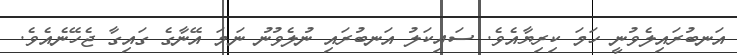
އަނބުރައިލެވުނީ ހަމަ ކިރިޔާއެވެ. ސައިކަލު އަނބުރައި ނުލެވުނު ނަމަ އޭނާގެ ގައިގާ ޖެހޭނެއެވެ.